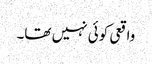
واقعی کوئی نہیں تھا۔